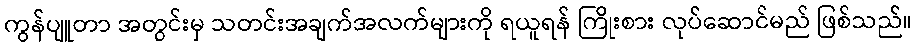
ကွန်ပျူတာ အတွင်းမှ သတင်းအချက်အလက်များကို ရယူရန် ကြိုးစား လုပ်ဆောင်မည် ဖြစ်သည်။